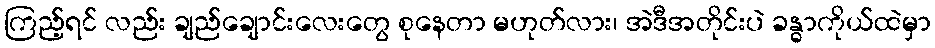
ကြည့်ရင် လည်း ချည်ချောင်းလေးတွေ စုနေတာ မဟုတ်လား၊ အဲဒီအတိုင်းပဲ ခန္ဓာကိုယ်ထဲမှာ